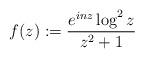
LaTeX: \begin{gather*}f(z):=\frac{e^{inz}\log^2z}{z^2+1}\end{gather*}